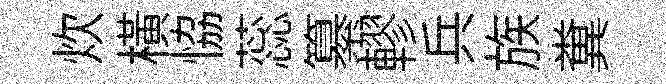
炊橫恊蕊纂轇兵族糞